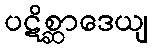
ပဋိစ္ဆာဒေယျ